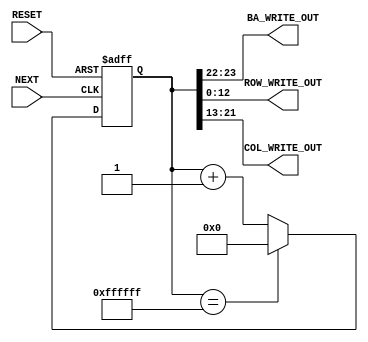
///////////////////////////////////////////////////////////////////////////////////////////////////
// Company: <Name>
//
// File history:
//      <Revision number>: <Date>: <Comments>
//      <Revision number>: <Date>: <Comments>
//      <Revision number>: <Date>: <Comments>
//
// Description: 
//
// <Description here>
//
// Targeted device: <Family::ProASIC3L> <Die::A3PE3000L> <Package::484 FBGA>
//
/////////////////////////////////////////////////////////////////////////////////////////////////// 

//`timescale <time_units> / <precision>

module write_address_traversal( RESET,NEXT, BA_WRITE_OUT, ROW_WRITE_OUT,COL_WRITE_OUT );

//CLK is not used
input NEXT, RESET;
output [1:0] BA_WRITE_OUT;
output [8:0] COL_WRITE_OUT;
output [12:0] ROW_WRITE_OUT;

// Statements
reg [23:0] current_count;

assign BA_WRITE_OUT = current_count[23:22];
assign COL_WRITE_OUT = current_count[21:13];
assign ROW_WRITE_OUT = current_count[12:0];

always @(posedge NEXT or negedge RESET)
begin
if (RESET==1'b0) begin
    current_count=24'b0;
end else begin

    // Counter equal to 16777216
    if (current_count == 24'b111111111111111111111111) begin
        current_count = 24'b0;
    end else begin
        current_count = current_count+1;
    end

end

end
endmodule